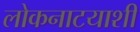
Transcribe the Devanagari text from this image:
लोकनाटयाशी